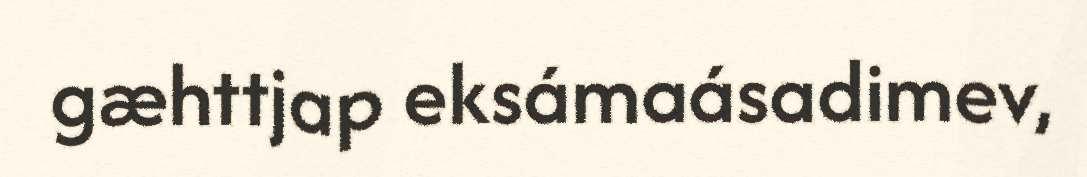
gæhttjap eksámaásadimev,